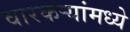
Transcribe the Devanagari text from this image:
वारकऱ्यांमध्ये